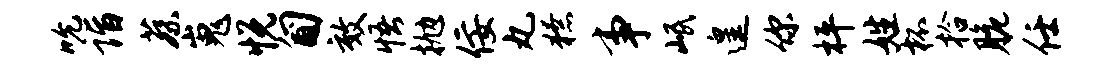
吮诣蔡嵬悦匍效悟抛佞丸獠事岷遑你枰姓杯拾脆任